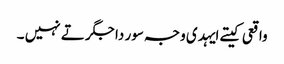
واقعی کیتے ایہدی وجہ سور دا جگر تے نہیں ۔